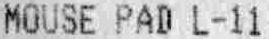
MOUSE PAD L-11